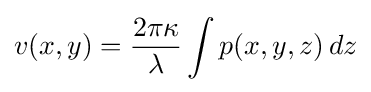
v(x,y)={\frac {2\pi \kappa }{\lambda }}\int {p(x,y,z)}\,dz